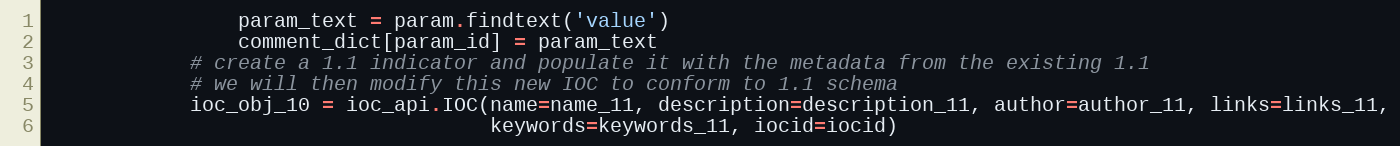
Language: Python
                param_text = param.findtext('value')
                comment_dict[param_id] = param_text
            # create a 1.1 indicator and populate it with the metadata from the existing 1.1
            # we will then modify this new IOC to conform to 1.1 schema
            ioc_obj_10 = ioc_api.IOC(name=name_11, description=description_11, author=author_11, links=links_11,
                                     keywords=keywords_11, iocid=iocid)